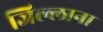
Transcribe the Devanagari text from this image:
जिल्लाना